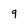
Character: q